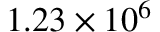
1 . 2 3 \times 1 0 ^ { 6 }